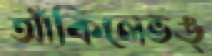
আঁকিলেভঙ্